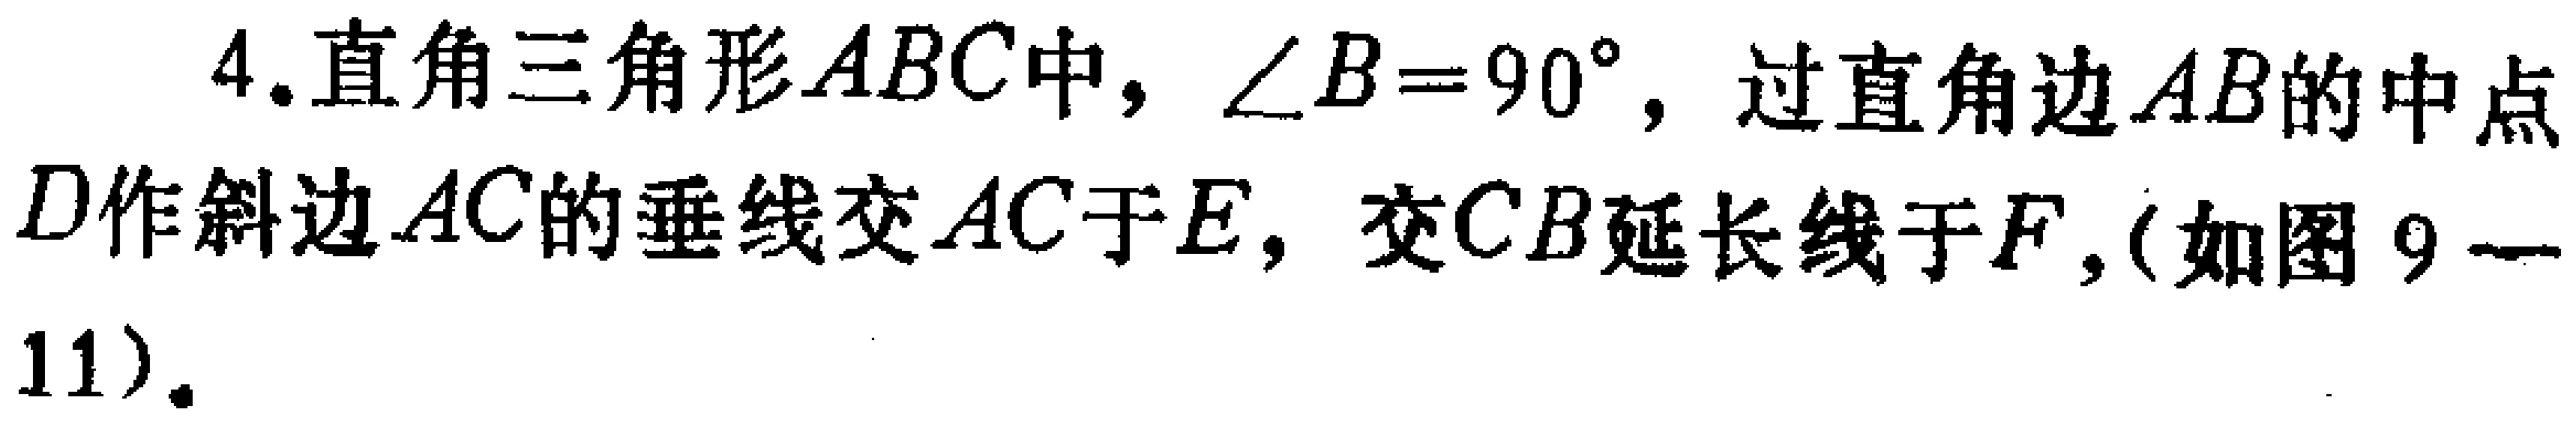
4.直角三角形\(ABC\)中，\(\angle B = 90^{\circ}\)，过直角边\(AB\)的中点\(D\)作斜边\(AC\)的垂线交\(AC\)于\(E\)，交\(CB\)延长线于\(F\)，(如图 \(9 - 11\))。